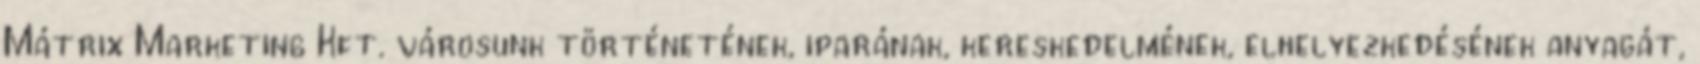
Mátrix Marketing Kft. városunk történetének, iparának, kereskedelmének, elhelyezkedésének anyagát,